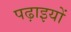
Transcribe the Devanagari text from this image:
पढ़ाइयों